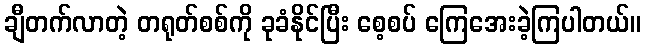
ချီတက်လာတဲ့ တရုတ်စစ်ကို ခုခံနိုင်ပြီး စေ့စပ် ကြေအေးခဲ့ကြပါတယ်။